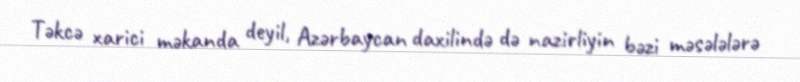
Təkcə xarici məkanda deyil, Azərbaycan daxilində də nazirliyin bəzi məsələlərə